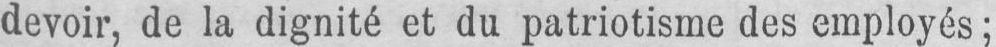
devoir, de la dignité et du patriotisme des employés;